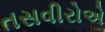
તસવીરોએ